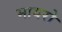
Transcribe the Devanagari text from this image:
मायरो